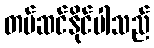
တပ်ဆင်နိုင်ပါသည်